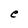
Character: e